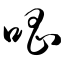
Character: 唱